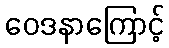
ဝေဒနာကြောင့်